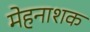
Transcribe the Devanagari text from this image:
मेहनाशक